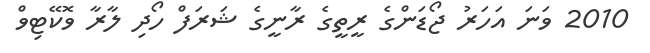
2010 ވަނަ އަހަރު ޖޯޑަންގެ ރީތީގެ ރާނީގެ ޝަރަފް ހޯދި ލާރާ ވޮކޭޓިވް